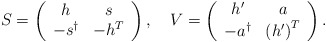
\begin{align*}S=\left(\begin{array}{cc}h & s \\-s^{\dagger } & -h^{T}\end{array}\right) ,\quad V=\left(\begin{array}{cc}h^{\prime } & a \\-a^{\dagger } & \left( h^{\prime }\right) ^{T}\end{array}\right) . \end{align*}